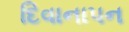
દિવાનાપન